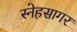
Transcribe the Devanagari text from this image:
स्नेहसागर